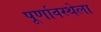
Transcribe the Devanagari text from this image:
पूर्णावस्थेला